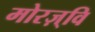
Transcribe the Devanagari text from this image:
मोरज़्वि